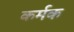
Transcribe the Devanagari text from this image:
कर्मक